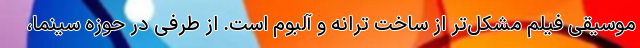
موسیقی فیلم مشکل‌تر از ساخت ترانه و آلبوم است. از طرفی در حوزه سینما،